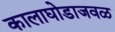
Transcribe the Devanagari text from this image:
कालाघोडाजवळ